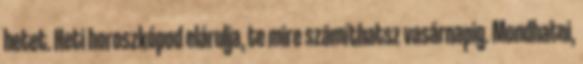
hetet. Heti horoszkópod elárulja, te mire számíthatsz vasárnapig. Mondhatni,